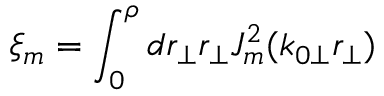
\xi _ { m } = \int _ { 0 } ^ { \rho } d r _ { \perp } r _ { \perp } J _ { m } ^ { 2 } ( k _ { 0 \perp } r _ { \perp } )